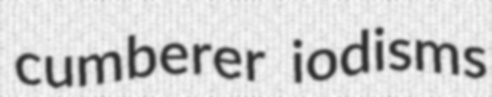
cumberer iodisms